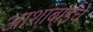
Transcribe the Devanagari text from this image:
आशाबाईंचे